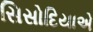
સિસોદિયાએ